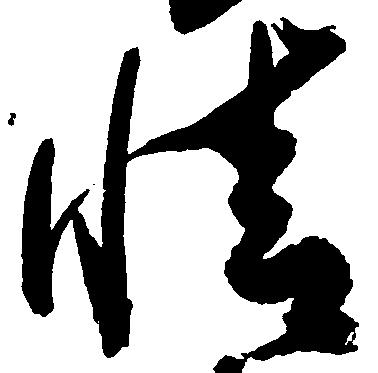
情